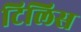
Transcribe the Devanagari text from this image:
टिलिस